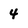
Character: 4